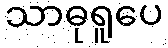
သာဓုရူပေ